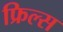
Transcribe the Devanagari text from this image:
फ्रिल्स